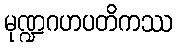
မုဏ္ဍဂဟပတိကဿ